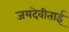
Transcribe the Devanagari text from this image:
जयदेवीताई